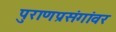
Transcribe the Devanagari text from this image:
पुराणप्रसंगांवर